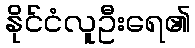
နိုင်ငံလူဦးရေ၏